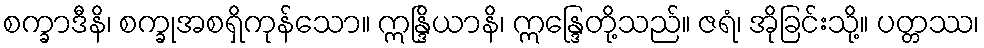
စက္ခာဒီနိ၊ စက္ခုအစရှိကုန်သော။ ဣန္ဒြိယာနိ၊ ဣန္ဒြေတို့သည်။ ဇရံ၊ အိုခြင်းသို့။ ပတ္တဿ၊